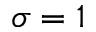
\sigma = 1